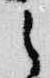
之